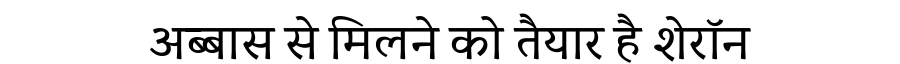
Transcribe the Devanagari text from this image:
अब्बास से मिलने को तैयार है शेरॉन